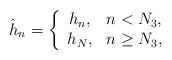
LaTeX: \begin{align*}\hat h_n=\left \{ \begin{array}{cc} h_n, & n<N_3, \\ h_{N}, & n\ge N_3, \end{array}\right.\end{align*}